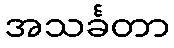
အသင်္ခတာ